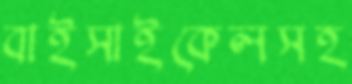
বাইসাইকেলসহ